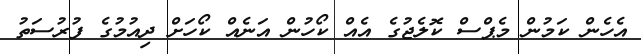
އެހެން ކަމުން މެޕްސް ކޮލެޖުގެ އެއް ކޯހުން އަނެއް ކޯހަށް ދިއުމުގެ ފުރުސަތު